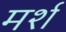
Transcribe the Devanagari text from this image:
मर्श